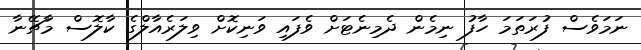
ނަމަވެސް ފުރަތަމަ ހާފު ނިމެން ދެމިނެޓަށް ވެފައި ވަނިކޮށް ވިލަރެއާލްގެ ކާލޮސް މާޗޭނާ